Senior Leaving Certificate Examination (including Day School Certificate (Higher) General paper), 1950
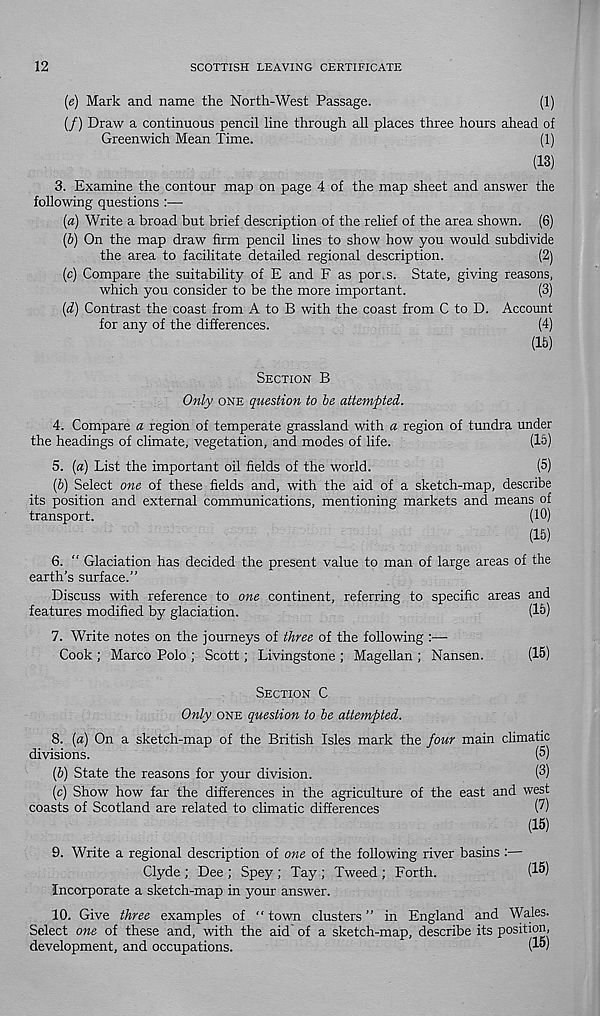
12
SCOTTISH LEAVING CERTIFICATE
{e) Mark and name the North-West Passage.
(1)
(/) Draw a continuous pencil line through all places three hours ahead of
Greenwich Mean Time.
(1)
(13)
3.
Examine the contour map on page 4 of the map sheet an
following questions :—
[a) Write a broad but brief description of the relief of the area shown. (6)
(b) On the map draw firm pencil lines to show how you would subdivide
the area to facilitate detailed regional description.
(2)
(c) Compare the suitability of E and F as por.s. State, giving reasons,
which you consider to be the more important.
(3)
[d) Contrast the coast from A to B with the coast from C to D. Account
for any of the differences.
(4)
(15)
SECTION B
Only ONE question to be attempted.
4. Compare a region of temperate grassland with a region of tundra under
the headings of climate, vegetation, and modes of life.
(15)
5. {a) List the important oil fields of the world.
(5)
(6) Select one of these fields and, with the aid of a sketch-map, describe
its position and external communications, mentioning markets and means of
transport.
(10)
(15)
6. “ Glaciation has decided the present value to man of large areas of the
earth’s surface.”
Discuss with reference to one continent, referring to specific areas and
features modified by glaciation.
(15)
7. Write notes on the journeys of three of the following :—
Cook ; Marco Polo ; Scott ; Livingstone ; Magellan ; Nansen.
(15)
SECTION C
Only ONE question to be attempted.
8. (a) On a sketch-map of the British Isles mark the four main climatic
divisions.
(5)
(6) State the reasons for your division.
(3)
(c) Show how far the differences in the agriculture of the east and west
coasts of Scotland are related to climatic differences
(7)
(15)
9. Write a regional description of one of the following river basins :—
Clyde ; Dee ; Spey ; Tay ; Tweed ; Forth.
(1^)
Incorporate a sketch-map in your answer.
10. Give three examples of “ town clusters ” in England and Wales.
Select one of these and, with the aid of a sketch-map, describe its position,
development, and occupations.
(15)